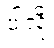
ပါလို့